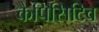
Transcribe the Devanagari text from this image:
कैपिसिटिव